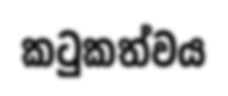
කටුකත්වය